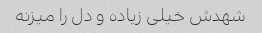
شهدش خیلی زیاده و دل را میزنه